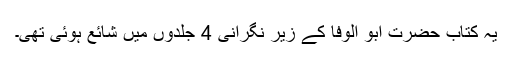
یہ کتاب حضرت ابو الوفا کے زیر نگرانی 4 جلدوں میں شائع ہوئی تھی۔